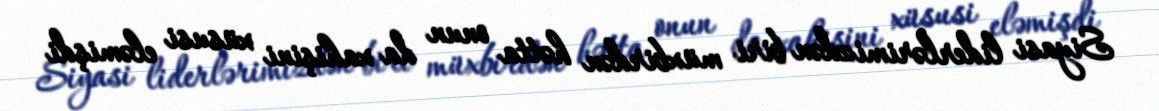
Siyasi liderlərimizdən biri müxbirdən hətta onun da xahişini xüsusi eləmişdi